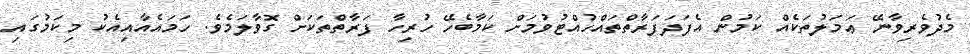
މެދުވެރިވާނޭ ޢަމަލުތަކެއް ކަމުން އެފަދަފަރާތްތައްހުއްޓުވުމަށް ކަމާބެހޭ ހުރިހާ ފަރާތްތަކަށް ގޮވާލަމެވެ. ހަމައެއާއިއެކު މިކަމުގައި